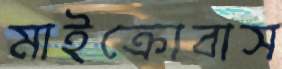
মাইক্রোবাস